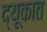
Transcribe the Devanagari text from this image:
द्यूकात